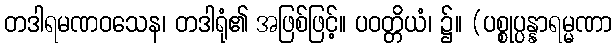
တဒါရမဏဝသေန၊ တဒါရုံ၏ အဖြစ်ဖြင့်။ ပဝတ္တိယံ၊ ၌။ (ပစ္စုပ္ပန္နာရမ္မဏာ